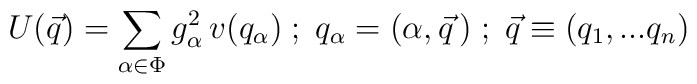
U(\vec{q}) = \sum_{\alpha \in \Phi } g_{\alpha}^2 \, v(q_{\alpha})\; ; \;q_{\alpha} = (\alpha , \vec{q}\, ) \; ; \;\vec{q} \equiv (q_1, ... q_n)